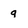
Character: 9